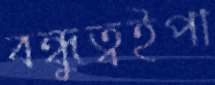
বন্ধুত্বইপা